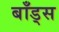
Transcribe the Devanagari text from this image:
बॉंड्स